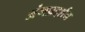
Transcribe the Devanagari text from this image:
अंगप्रदर्शन